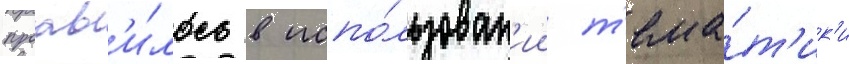
проав'и́лось в испо́льзован'ии т'ема́т'ик'и